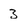
Character: 3